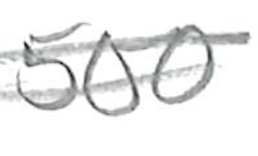
Text: 500
Cross-out: double-line
Writing tool: pencil